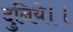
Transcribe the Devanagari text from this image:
दुनिये।।